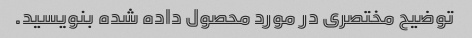
توضیح مختصری در مورد محصول داده شده بنویسید.